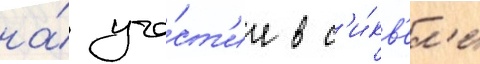
на́ уча́ст'ие в с'и́кв'ел'е